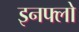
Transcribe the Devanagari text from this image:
इनफ्लो